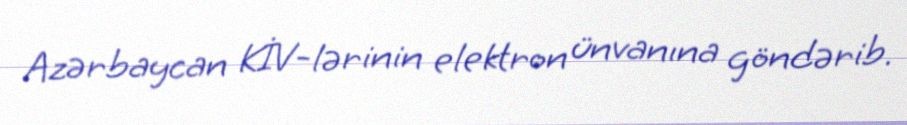
Azərbaycan KİV-lərinin elektron ünvanına göndərib.